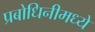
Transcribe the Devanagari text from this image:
प्रबोधिनीमध्ये